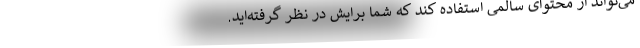
می‌تواند از محتوای سالمی استفاده کند که شما برایش در نظر گرفته‌اید.